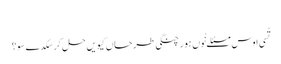
‏
تُسی اوس مسئلے نُوں ہور چنگی طرحاں کیویں حل کر سکدے سو؟